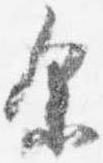
余